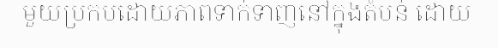
មួយប្រកបដោយភាពទាក់ទាញនៅក្នុងតំបន់ ដោយ